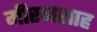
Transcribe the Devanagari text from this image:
मीरनशाह